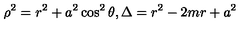
\rho ^ { 2 } = r ^ { 2 } + a ^ { 2 } \cos ^ { 2 } \theta , \Delta = r ^ { 2 } - 2 m r + a ^ { 2 }